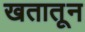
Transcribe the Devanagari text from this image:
खतातून